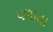
પળાતા